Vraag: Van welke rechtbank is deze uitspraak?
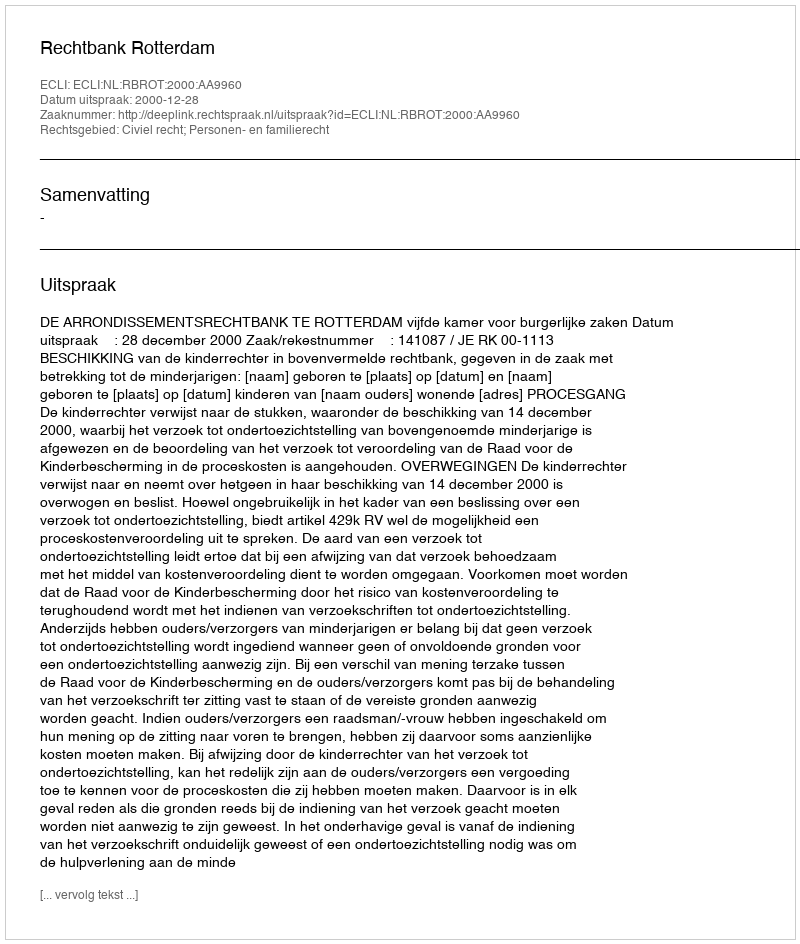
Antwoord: Rechtbank Rotterdam